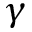
\gamma